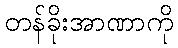
တန်ခိုးအာဏာကို